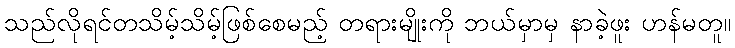
သည်လိုရင်တသိမ့်သိမ့်ဖြစ်စေမည့် တရားမျိုးကို ဘယ်မှာမှ နာခဲ့ဖူး ဟန်မတူ။